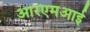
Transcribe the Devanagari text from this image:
आरएमआई